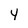
Character: 4